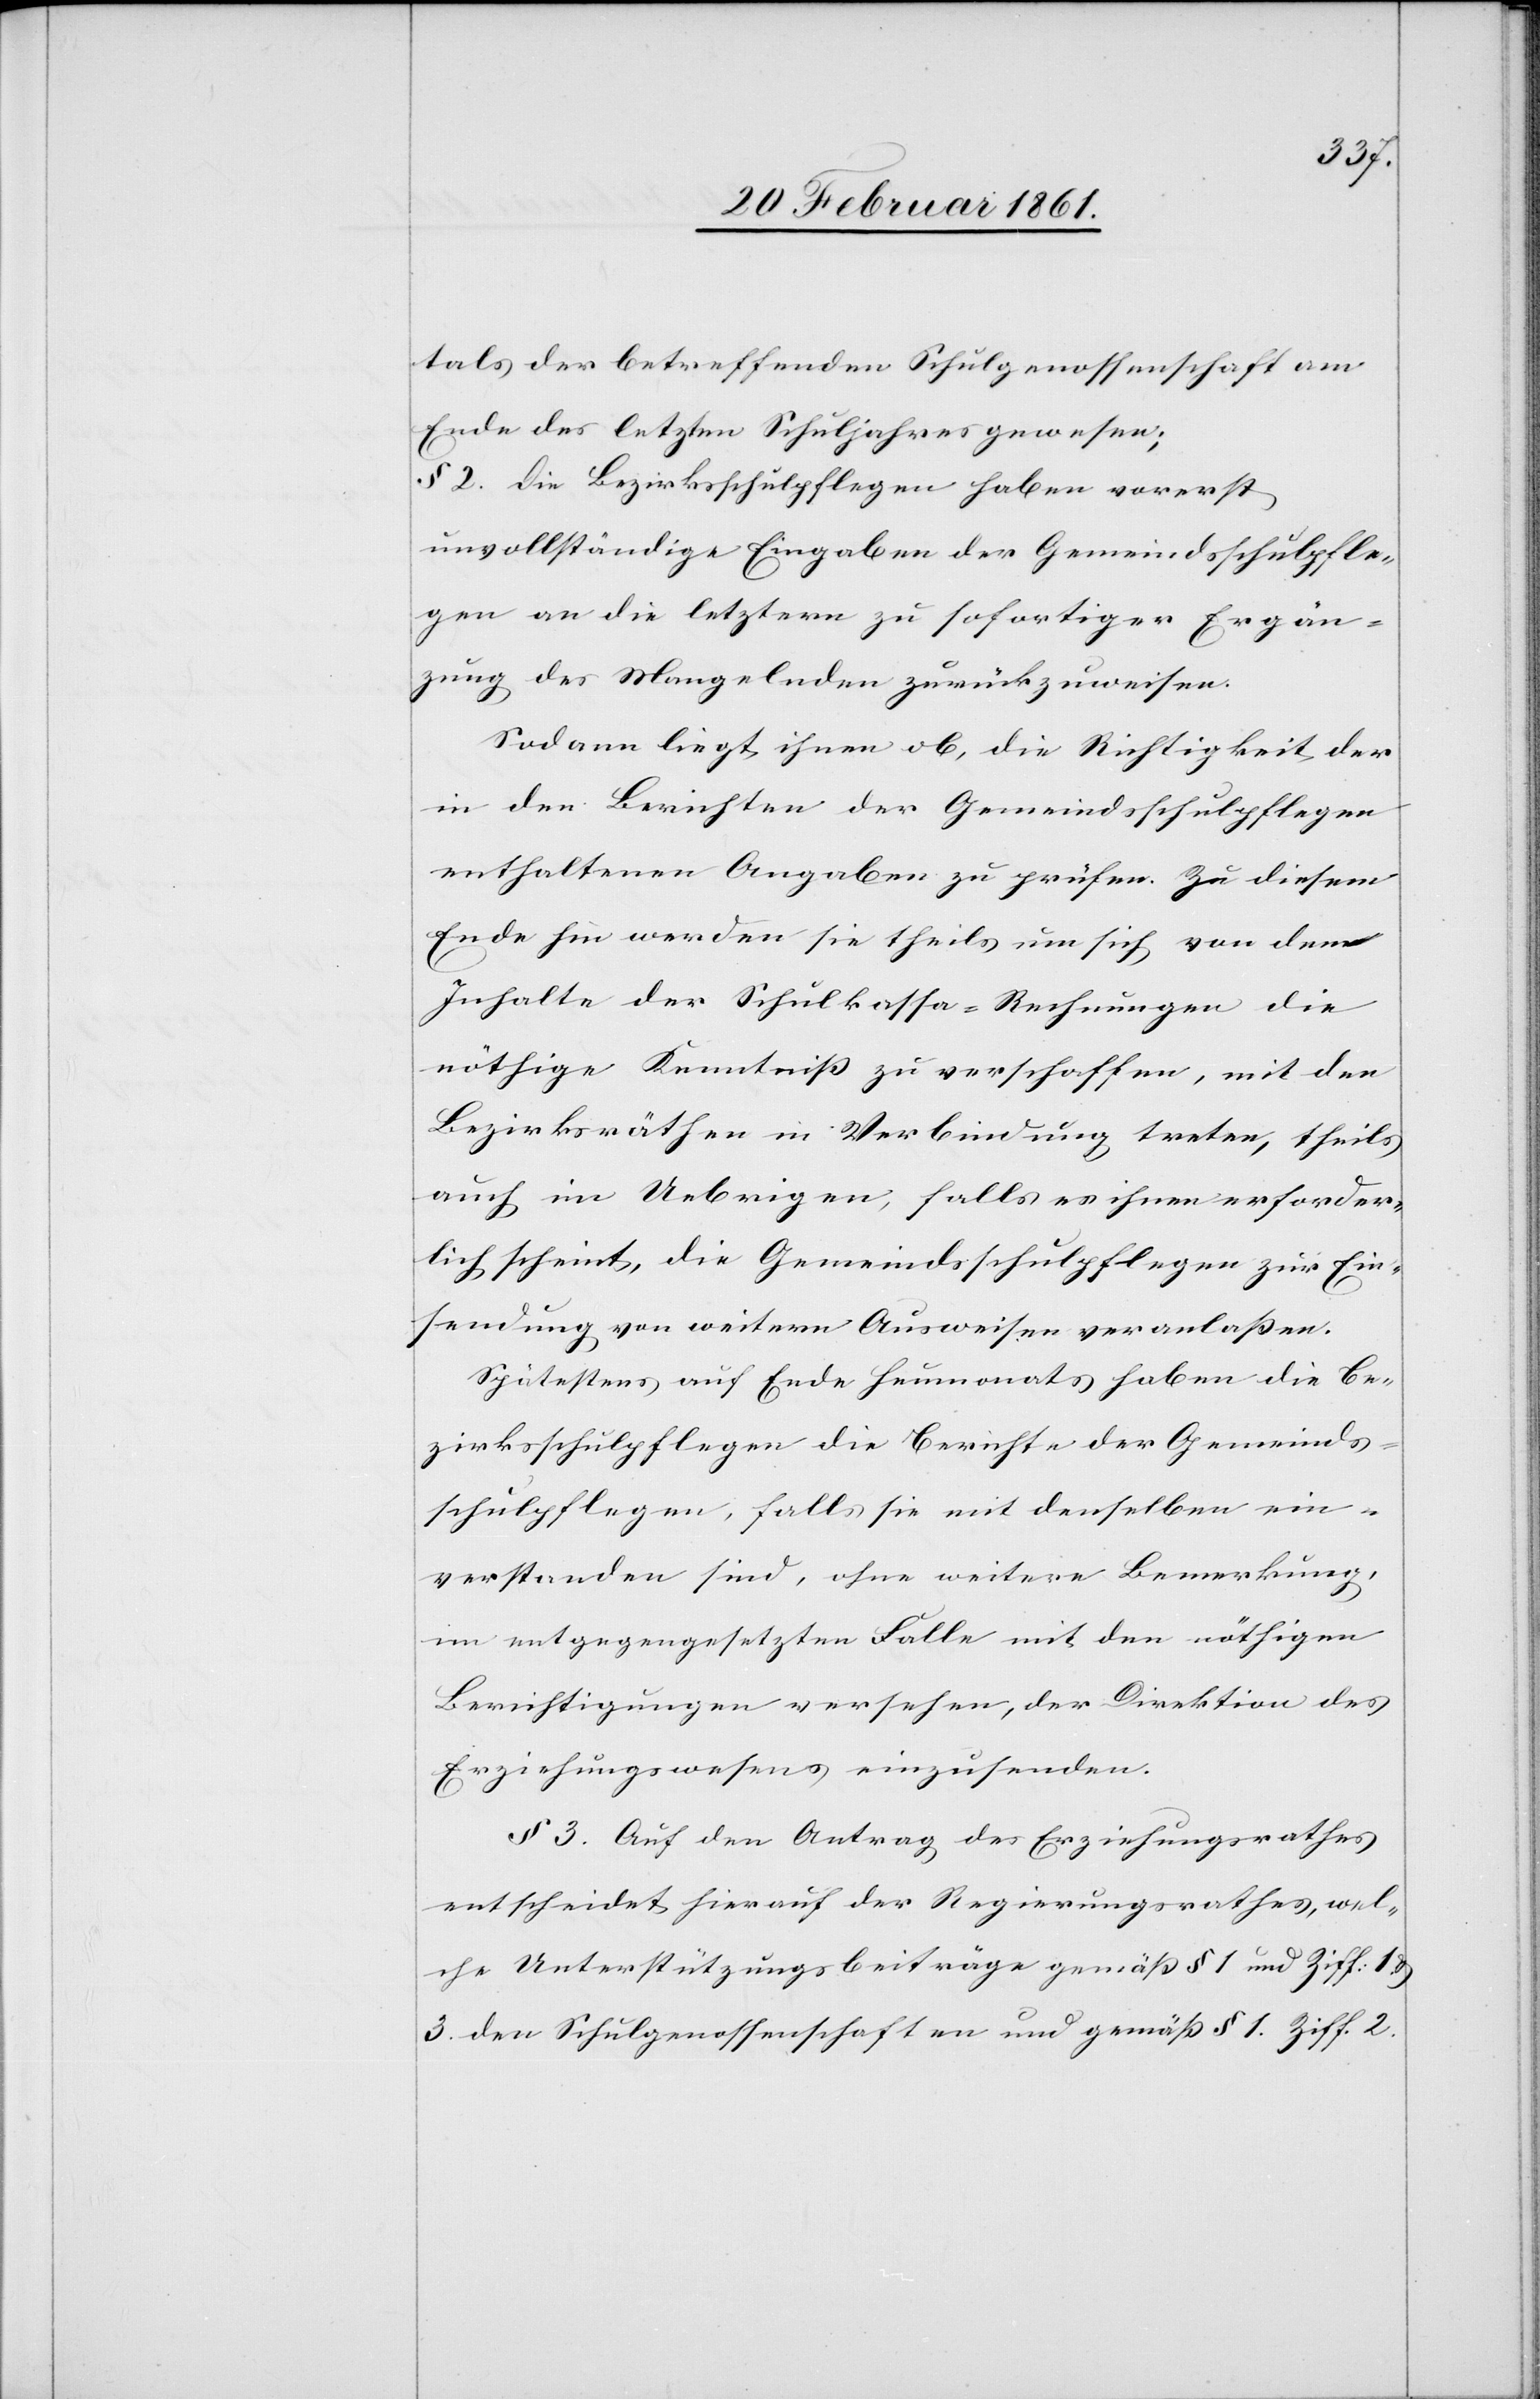
tals der betreffenden Schulgenossenschaft am
Ende des letzten Schuljahres gewesen;
§ 2. Die Bezirksschulpflegen haben vorerst,
unvollständige Eingaben der Gemeindsschulpfle¬
gen an die letztern zu sofortiger Ergän¬
zung des Mangelnden zurückzuweisen.
Sodann liegt ihnen ob, die Richtigkeit der
in den Berichten der Gemeindsschulpflegen
enthaltenen Angaben zu prüfen. Zu diesem
Ende hin werden sie theils um sich von dem
Inhalte der Schulkassa-Rechnungen die
nöthige Kenntniss zu verschaffen, mit den
Bezirksräthen in Verbindung treten, theils
auch im Uebrigen, falls es ihnen erforder¬
lich scheint, die Gemeindsschulpflegen zur Ein¬
sendung von weiteren Ausweisen veranlassen.
Spätestens auf Ende Heumonats haben die Be¬
zirksschulpflegen die Berichte der Gemeinds¬
schulpflegen, falls sie mit denselben ein¬
verstanden sind, ohne weitere Bemerkung,
im entgegengesetzten Falle mit den nöthigen
Berichtigungen versehen, der Direktion des
Erziehungswesens einzusenden.
§ 3. Auf den Antrag des Erziehungsrathes
entscheidet hierauf der Regierungsrathes [sic!], wel¬
che Unterstützungsbeiträge gemäss §. 1 und Ziff. 1 u.
2. den Schulgenossenschaften und gemäss §. 1 Ziff. 2